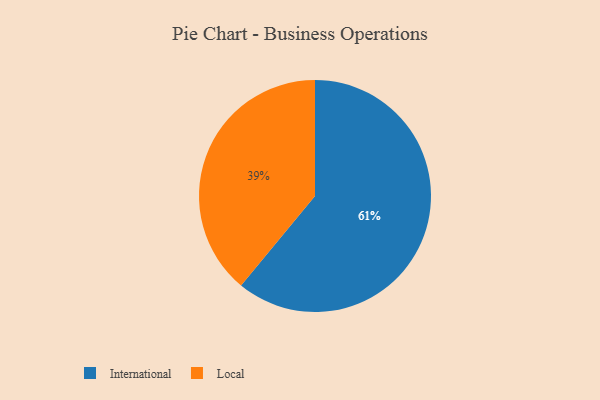
{"axis": {"x": "Category", "y": "Percentage"}, "legend": ["International", "Local"], "data": [{"x": "Local", "y": 39, "type": "Local"}, {"x": "International", "y": 61, "type": "International"}]}